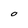
Character: O